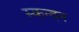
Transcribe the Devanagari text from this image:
स्कन्दन